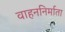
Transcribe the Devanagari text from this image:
वाहननिर्माता